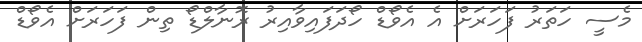
މެސީ ހަތަރު ފަހަރަށް އެ އެވޯޑް ހޯދަފައިވާއިރު ރޮނާލްޑޯ ތިން ފަހަރަށް އެވޯޑް